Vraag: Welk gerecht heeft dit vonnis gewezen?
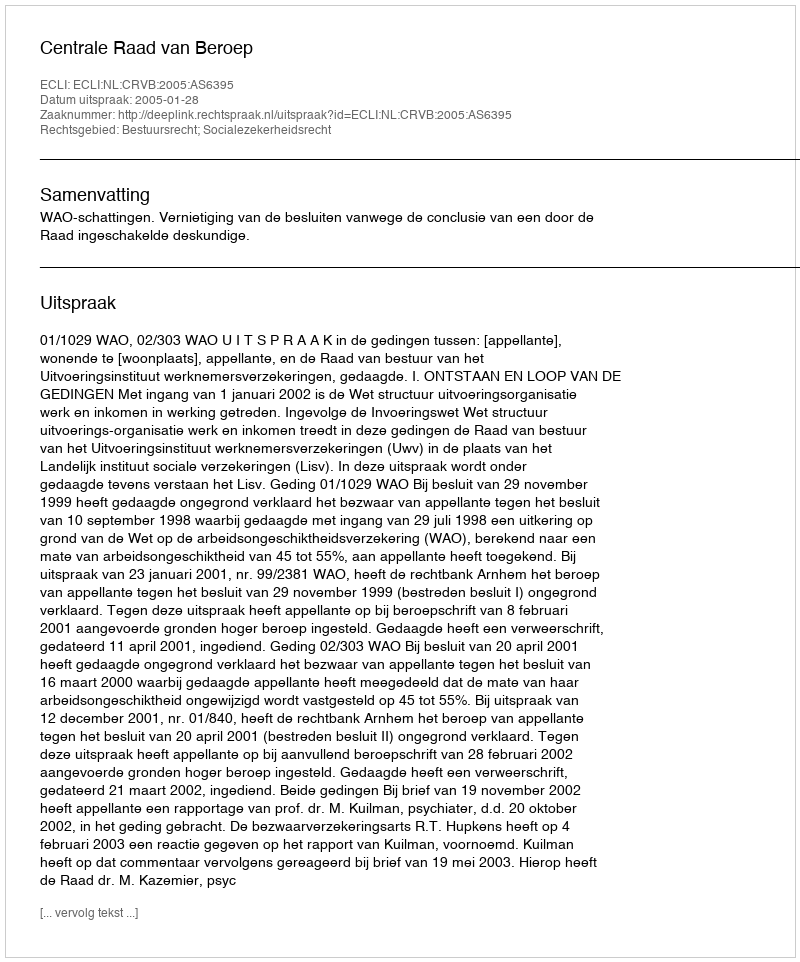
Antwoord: Centrale Raad van Beroep